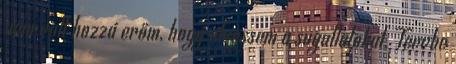
nem volt hozzá erőm, hogy elvessem a sugallatokat. Tervbe